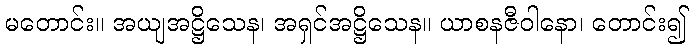
မတောင်း။ အယျအဋ္ဌိသေန၊ အရှင်အဋ္ဌိသေန။ ယာစနဇီဝါနော၊ တောင်း၍